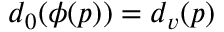
{ d _ { 0 } ( \phi ( p ) ) = d _ { v } ( p ) }